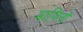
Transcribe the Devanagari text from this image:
माजिनों